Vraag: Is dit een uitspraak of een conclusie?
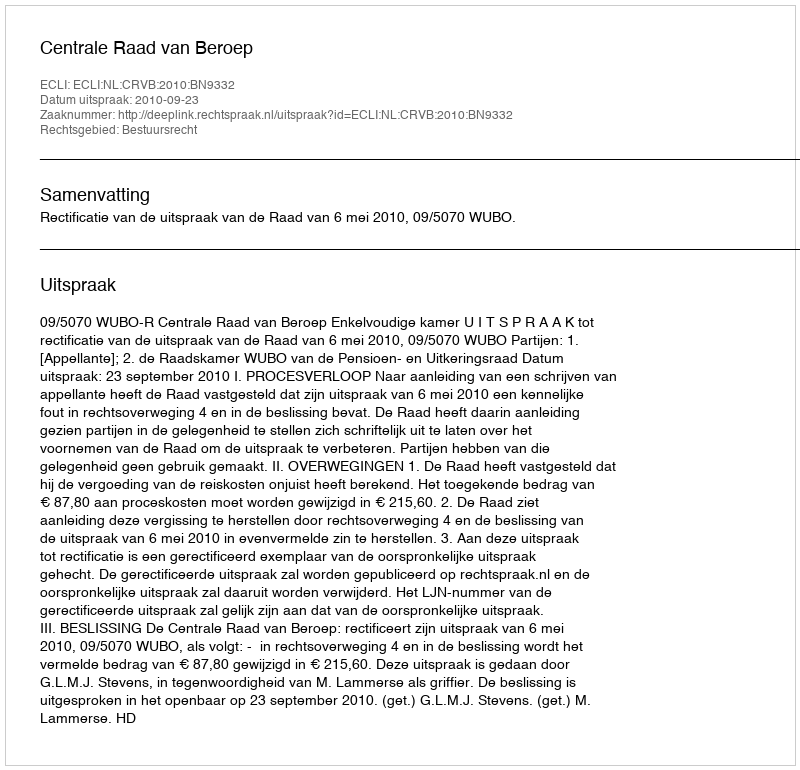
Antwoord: Uitspraak